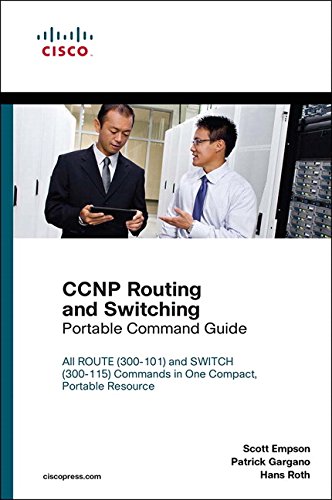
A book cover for CCNP Routing and Switching Portable Command Guide; Scott Empson; Computers & Technology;